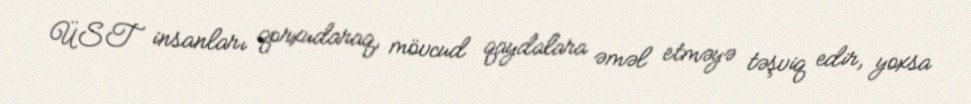
ÜST insanları qorxudaraq, mövcud qaydalara əməl etməyə təşviq edir, yoxsa